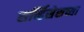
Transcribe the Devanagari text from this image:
सर्व्हिसेसच्या